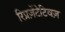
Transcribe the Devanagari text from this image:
रिप्रज़ेंटेटिवज़